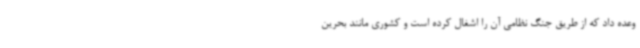
وعده داد که از طریق جنگ نظامی آن را اشغال کرده است و کشوری مانند بحرین